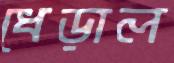
ধেড়াল